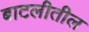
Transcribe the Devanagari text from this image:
बाटलीतील